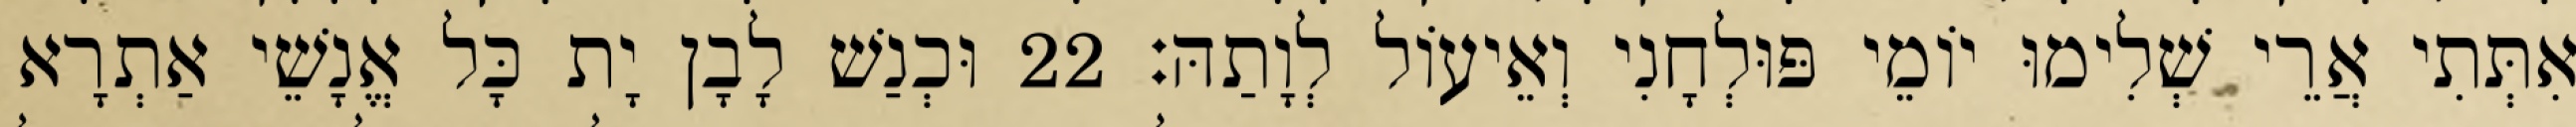
אִתְּתִי אֲרֵי שְׁלִימוּ יוֹמֵי פּוּלְחָנִי וְאֵיעוֹל לְוָתַהּ׃ 22 וּכְנַשׁ לָבָן יָת כָּל אֱנָשֵׁי אַתְרָא